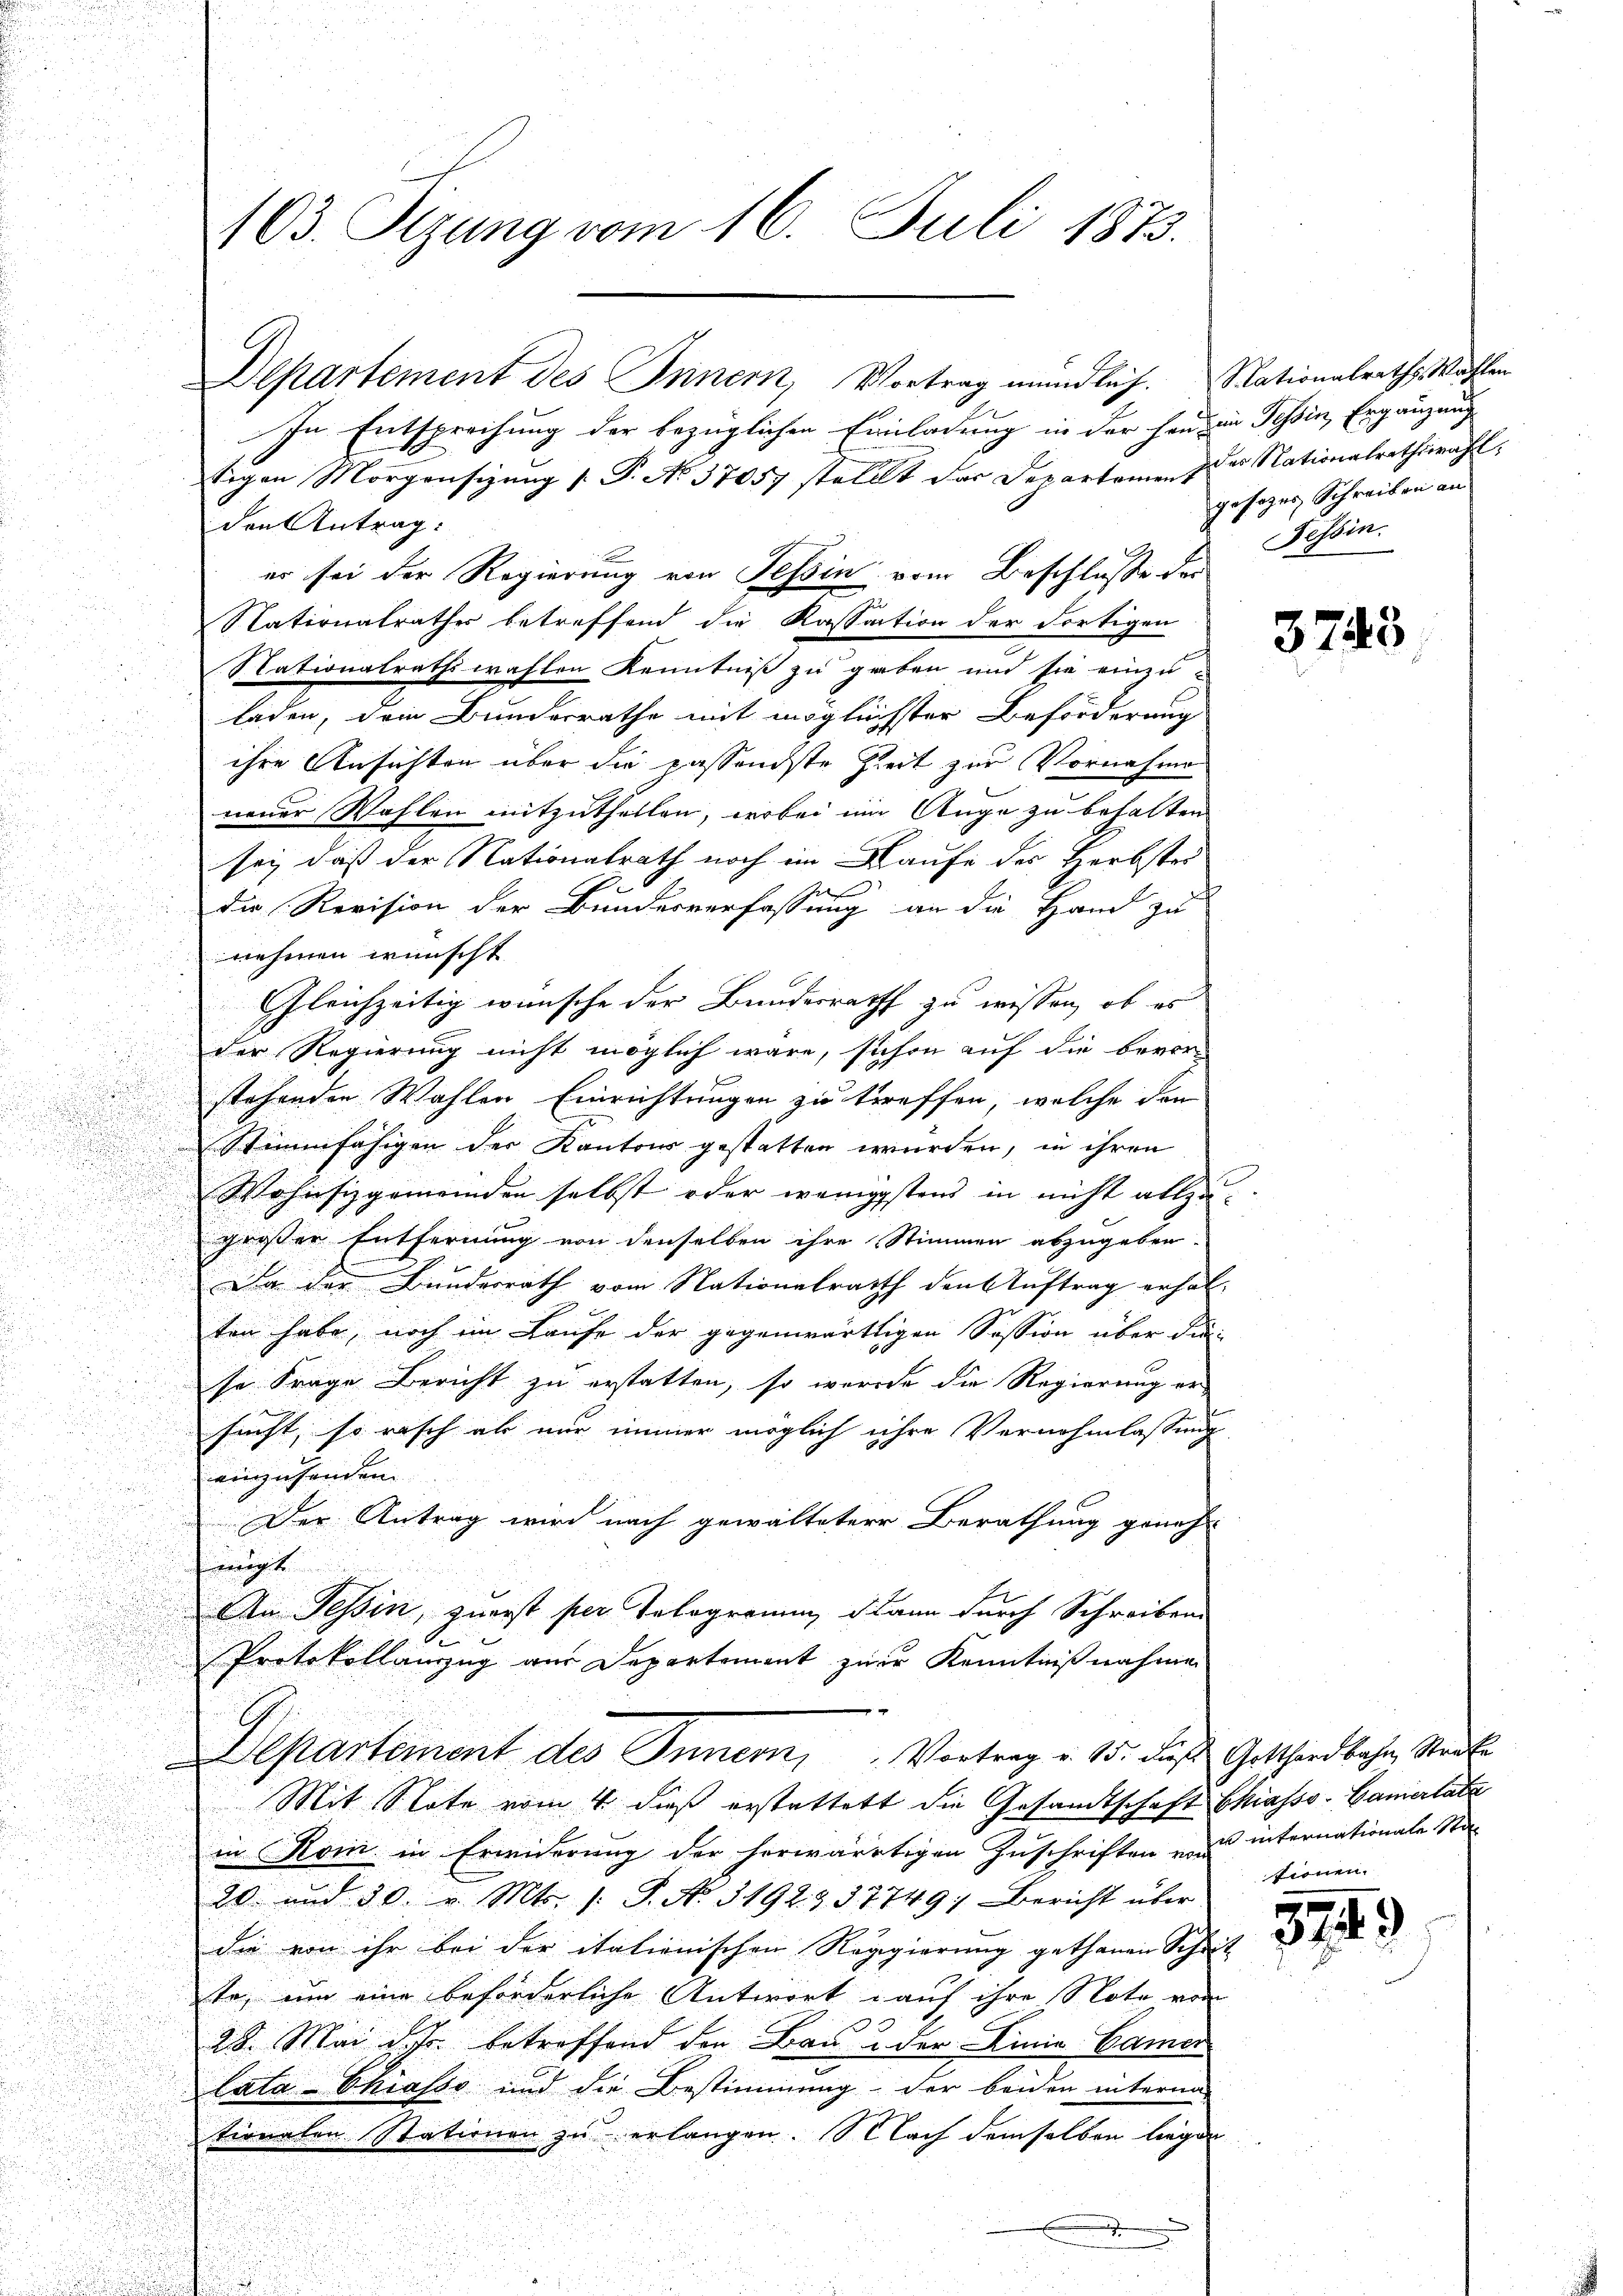
103. Sizung vom 16. Juli 1873.

Departement des Innern, Vortrag mündlich. Nationalrath Wählen
In Entsprechung der bezüglichen Einladung in der Handen Tessin, Ergänzung
tigen Morgensizung [ P. No 37057 stellt das Departamen zur Nationalrathswahl,
den Antrag:
er sei der Regierung von Tessin vom Beschluße der
Nationalrathes betreffend die Kassation der dortigen
Nationalrathswahlen Kenntniß zu geben und sie einzu-
laden, dein Bundesrathe mit möglichster Beförderung
.
ihre Ansichten über die passendste Zeit zur Vornahme
neuer Wahlen mitzuthellen, wobei im Auge zu behalten
n

sei, daß der Nationalrath noch im Laufe des Herbstei

sche

Die Revision der Bundesverfassung an die Hand zu
d
.
.
nehmen wünscht
n
 x
u
Gleichzeitig wünsche der Bundesrath zu wissen, ob es
22

der Regierung nicht möglich wäre, schon auf die bevor-
u

stehenden Wahlen Einrichtungen zu treffen, welche den
u

Stimmfähigen der Kantons gestatten wurden, in ihren
.

Wohnsizgemeinden selbst oder wenigstens in nicht allzu

großer Entfernung von denselben ihre Stimmen abzugeben
Da der Bunderrath vom Nationalrath den Auftrag erhal-
ten habe, noch im Laufe der gegenwärtigen Session über die

u
se Frage Bericht zu erstatten, so werde die Regierung er
u
sucht, so rasch ab nur immer möglich ihre Vernehmlassung
u
einzusenden

Der Antrag wird nach gewalteter Berathung geneh-

eengt
An Tessin, zuerst per Telegramm, dann durch Schreiben
Protokollanzug aus Departement zur Kenntnißnahme
n
Separtement des Innern, Vortrag u. 15. daß Gotthardbahn, Staats
Mit Note vom 4. dieß erstattet die Gesandtschaft Chiasso- Camertate
in Kom in Erwiderung der herwärtigen Zuschriften u. zu internationale Sta-
20 und 30. v. Mts. (: P. No. 3192. 3. 37749; Bericht über
die von ihr bei der italienischen Reggierung gethanen Schul-
te, um eine beförderliche Antwort auf ihre Note von
28. Mai der betreffend den Bau u der Linie Camer
lata-Chiasso und die Bestimmung der beiden interma-
tionalen Stationen zu erlangen. Nach demselben liegen
e

gesezes Schreiben an
Tessin.

3743

firnen.

2

3749